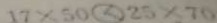
1 7 \times 5 0 \textcircled { < } 2 5 \times 7 0